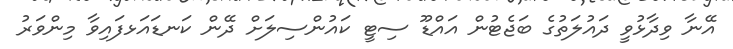
އޭނާ ވިދާޅުވީ ދައުލަތުގެ ބަޖެޓުން އައްޑޫ ސިޓީ ކައުންސިލަށް ދޭން ކަނޑައަޅފައިވާ މިންވަރު